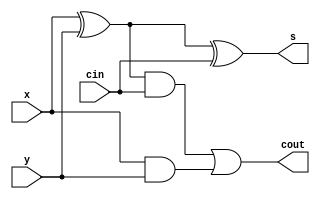
module FullAdder(x,y,cin,s,cout);
    input x,y,cin;
    output s,cout;
    wire s1,s2,s3;
    xor xor_1(s1,x,y);
    xor xor_2(s,s1,cin);
    and and_1(s2,x,y);
    and and_2(s3,s1,cin);
    or or_1(cout,s3,s2);
endmodule